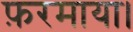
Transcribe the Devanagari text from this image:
फ़रमाया।